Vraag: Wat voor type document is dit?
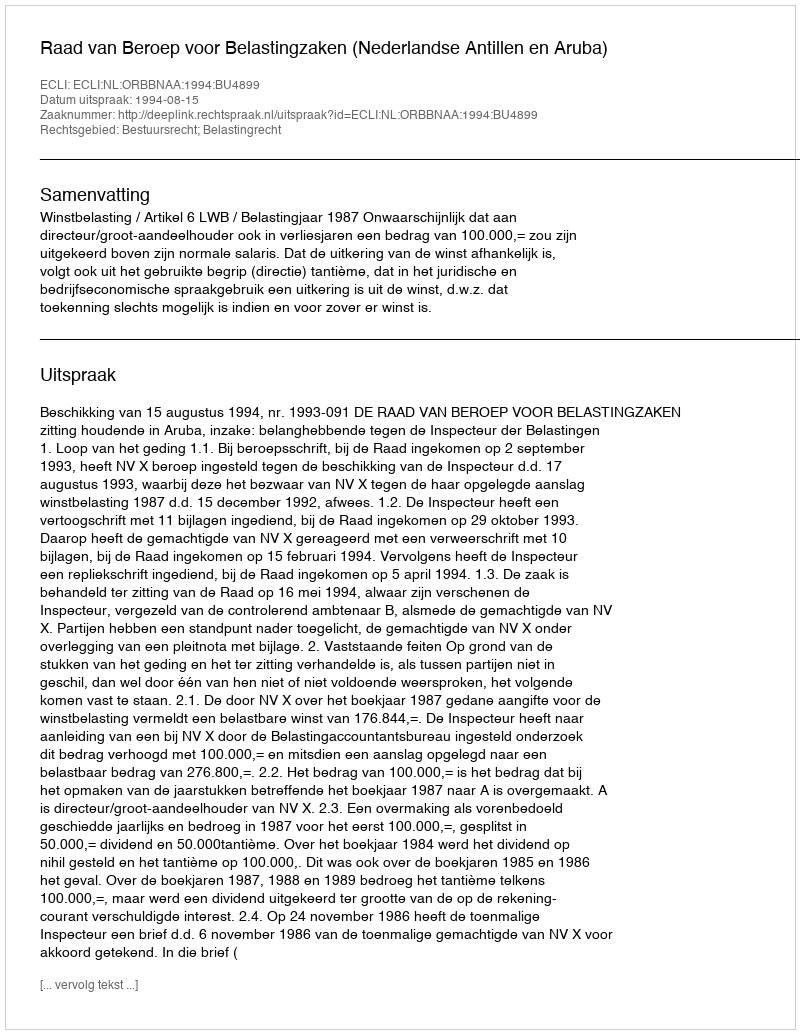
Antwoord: Uitspraak